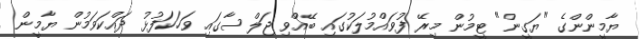
ޔާމީންންގެ "ޔަގީން" ޓީމުން މިރޭ ފުވައްމުލަކުގައި ބޭއްވި ޖަލްސާގައި ވަހަކަފުޅު ދައްކަވަމުން ޔާމީން